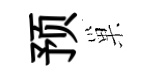
预巢